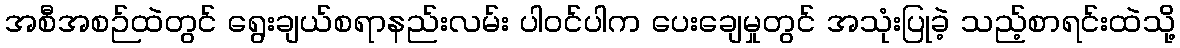
အစီအစဉ်ထဲတွင် ရွေးချယ်စရာနည်းလမ်း ပါဝင်ပါက ပေးချေမှုတွင် အသုံးပြုခဲ့ သည့်စာရင်းထဲသို့